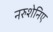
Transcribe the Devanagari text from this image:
नरुशेनिए